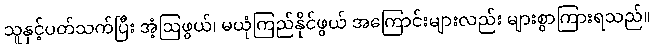
သူနှင့်ပတ်သက်ပြီး အံ့ဩဖွယ်၊ မယုံကြည်နိုင်ဖွယ် အကြောင်းများလည်း များစွာကြားရသည်။